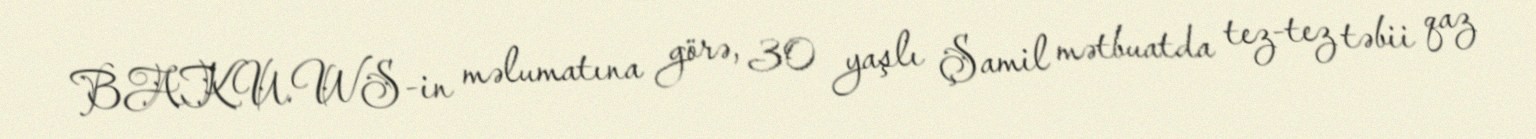
BAKU.WS-in məlumatına görə, 30 yaşlı Şamil mətbuatda tez-tez təbii qaz